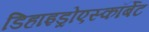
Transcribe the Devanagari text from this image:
डिहाइड्रोएस्कॉर्बेट